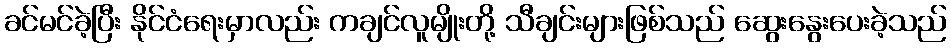
ခင်မင်ခဲ့ပြီး နိုင်ငံရေးမှာလည်း ကချင်လူမျိုးတို့ သီချင်းများဖြစ်သည် ဆွေးနွေးပေးခဲ့သည်